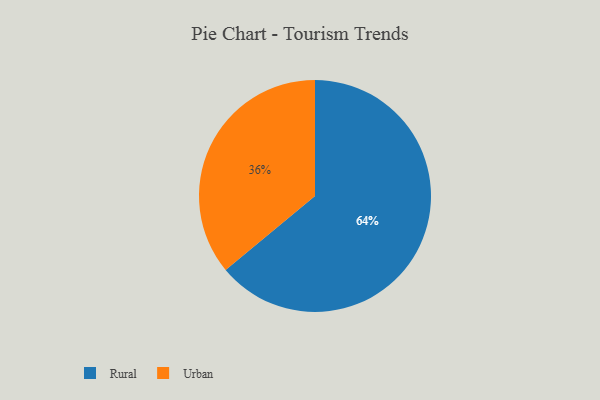
{"axis": {"x": "Category", "y": "Percentage"}, "legend": ["Rural", "Urban"], "data": [{"x": "Rural", "y": 64, "type": "Rural"}, {"x": "Urban", "y": 36, "type": "Urban"}]}